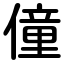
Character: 僮